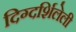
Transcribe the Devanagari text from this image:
दिग्दर्शिलेली